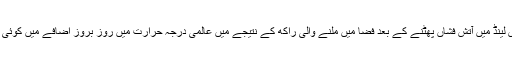
ماہرین کے مطابق آئس لینڈ میں آتش فشاں پھٹنے کے بعد فضا میں ملنے والی راکھ کے نتیجے میں عالمی درجہ حرارت میں روز بروز اضافے میں کوئی خاص کمی نہیں ہوگی۔